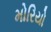
મોરિયો